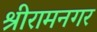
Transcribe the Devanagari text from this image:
श्रीरामनगर